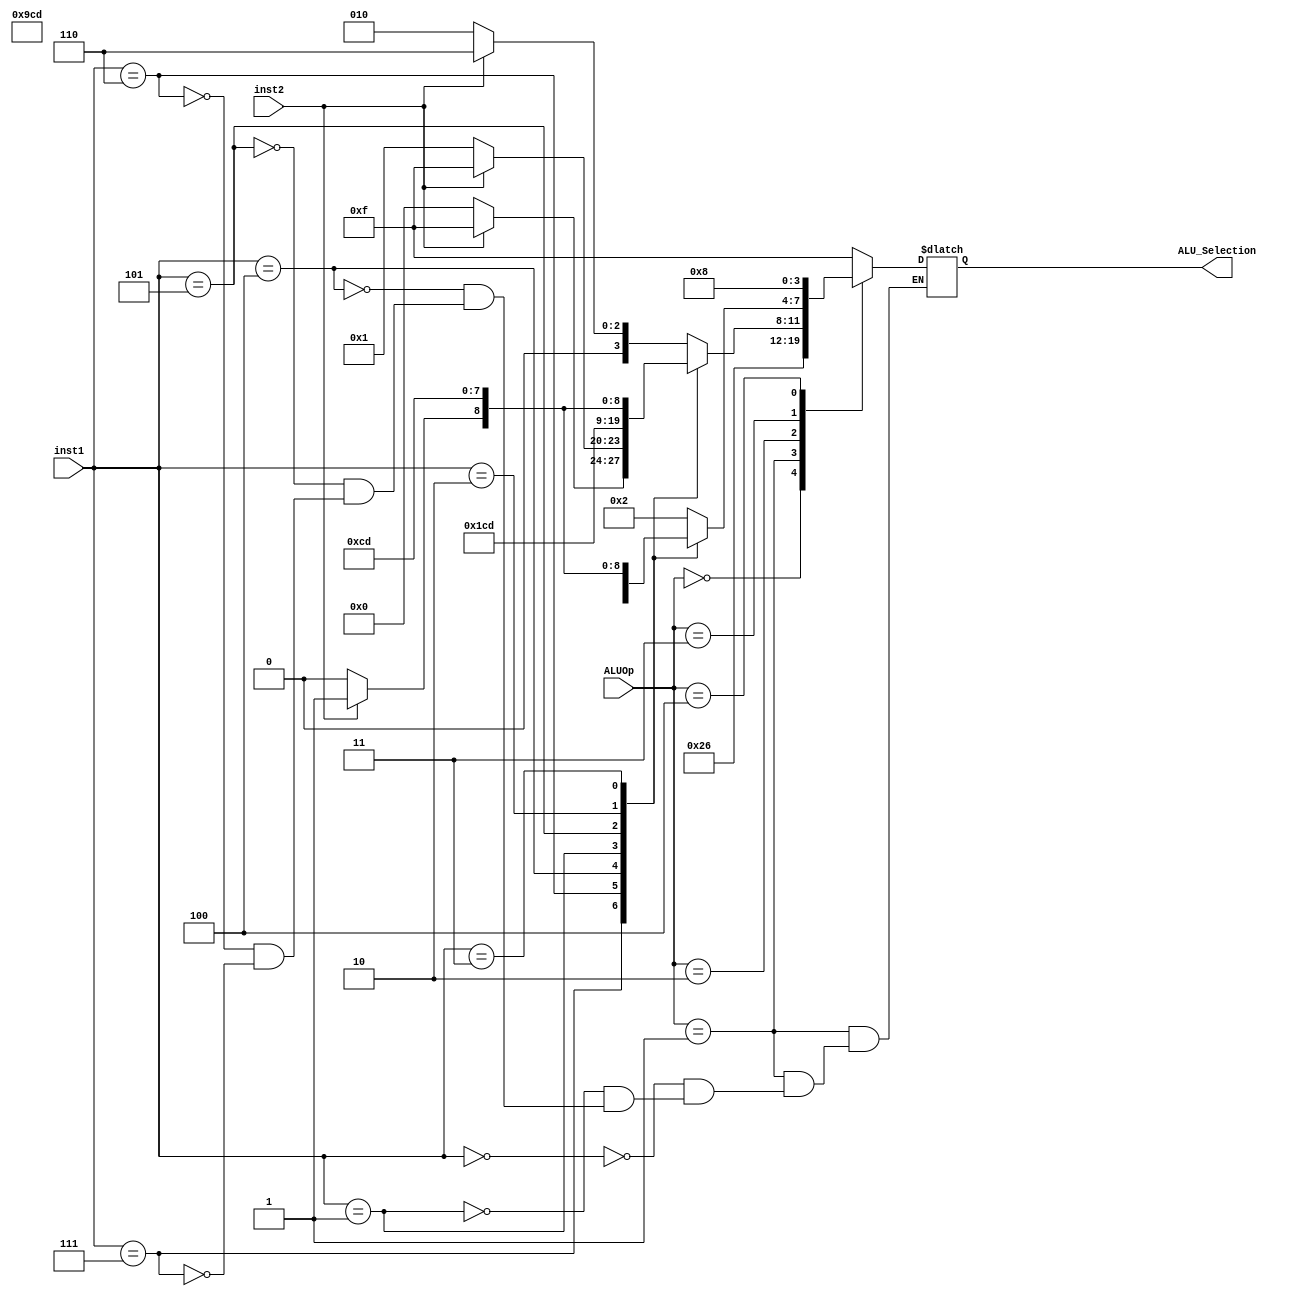
`timescale 1ns / 1ps
//////////////////////////////////////////////////////////////////////////////////
// Company: 
// Engineer: 
// 
// Design Name: 
// Module Name: ALU_CU
// Project Name: 
// Target Devices: 
// Tool Versions: 
// Description: 
// 
// Dependencies: 
// 
// Revision:
// Revision 0.01 - File Created
// Additional Comments:
// 
//////////////////////////////////////////////////////////////////////////////////


module ALU_CU(input [2:0] ALUOp, input [2:0]inst1, input inst2, output reg [3:0] ALU_Selection);
always @(*)begin
case(ALUOp)
3'b000: ALU_Selection = 4'b0010;
3'b001: begin
case(inst1)
3'b000: ALU_Selection = 4'b0110; //BEQ
3'b001: ALU_Selection = 4'b0110; //BNE
3'b100: ALU_Selection = 4'b0110; //BLT
3'b101: ALU_Selection = 4'b0110; //BGE
3'b110: ALU_Selection = 4'b0110; //BLTU
3'b111: ALU_Selection = 4'b0110; //BGEU

endcase
end
// R Format
3'b010: begin
case(inst1)
3'b000:begin
case(inst2)
0: ALU_Selection = 4'b0010;
1: ALU_Selection = 4'b0110;
endcase
end
3'b111:begin
case(inst2)
0: ALU_Selection = 4'b0000;
1: ALU_Selection = 4'b1111;
endcase
end
3'b110:begin
case(inst2)
0: ALU_Selection = 4'b0001;
1: ALU_Selection = 4'b1111;
endcase
end
3'b100: ALU_Selection = 4'b0011; // XOR
3'b001: ALU_Selection = 4'b1001; // SLL
3'b101:begin
case(inst2)
0:ALU_Selection = 4'b1010; //SRL
1:ALU_Selection = 4'b1011; // SRA
endcase
end

3'b010: ALU_Selection = 4'b1100;
3'b011: ALU_Selection = 4'b1101;
endcase
end


// I Format
3'b011: begin
case(inst1)
3'b000:begin
ALU_Selection = 4'b0010;
end
3'b111:begin
ALU_Selection = 4'b0000;
end
3'b110:begin
ALU_Selection = 4'b0001;
end
3'b100: ALU_Selection = 4'b0011; // XOR\
3'b001: ALU_Selection = 4'b1001; // SLLI

3'b101:begin
case(inst2)
0:ALU_Selection = 4'b1010; //SRLI
1:ALU_Selection = 4'b1011; // SRAI
endcase
end
3'b010: ALU_Selection = 4'b1100;
3'b011: ALU_Selection = 4'b1101;

endcase
end


// LUI 
3'b100: ALU_Selection = 4'b1000;


default: ALU_Selection = 4'b1111;
endcase
end


endmodule